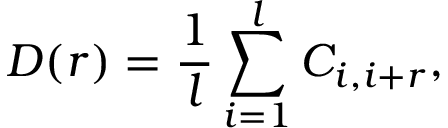
D ( r ) = \frac { 1 } { l } \sum _ { i = 1 } ^ { l } C _ { i , i + r } ,